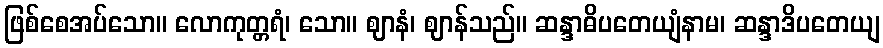
ဖြစ်စေအပ်သော။ လောကုတ္တရံ၊ သော။ ဈာနံ၊ ဈာန်သည်။ ဆန္ဒာဓိပတေယျံနာမ၊ ဆန္ဒာဒိပတေယျ